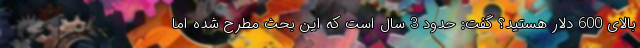
بالای 600 دلار هستید؟ گفت: حدود 3 سال است که این بحث مطرح شده اما